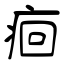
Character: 痐